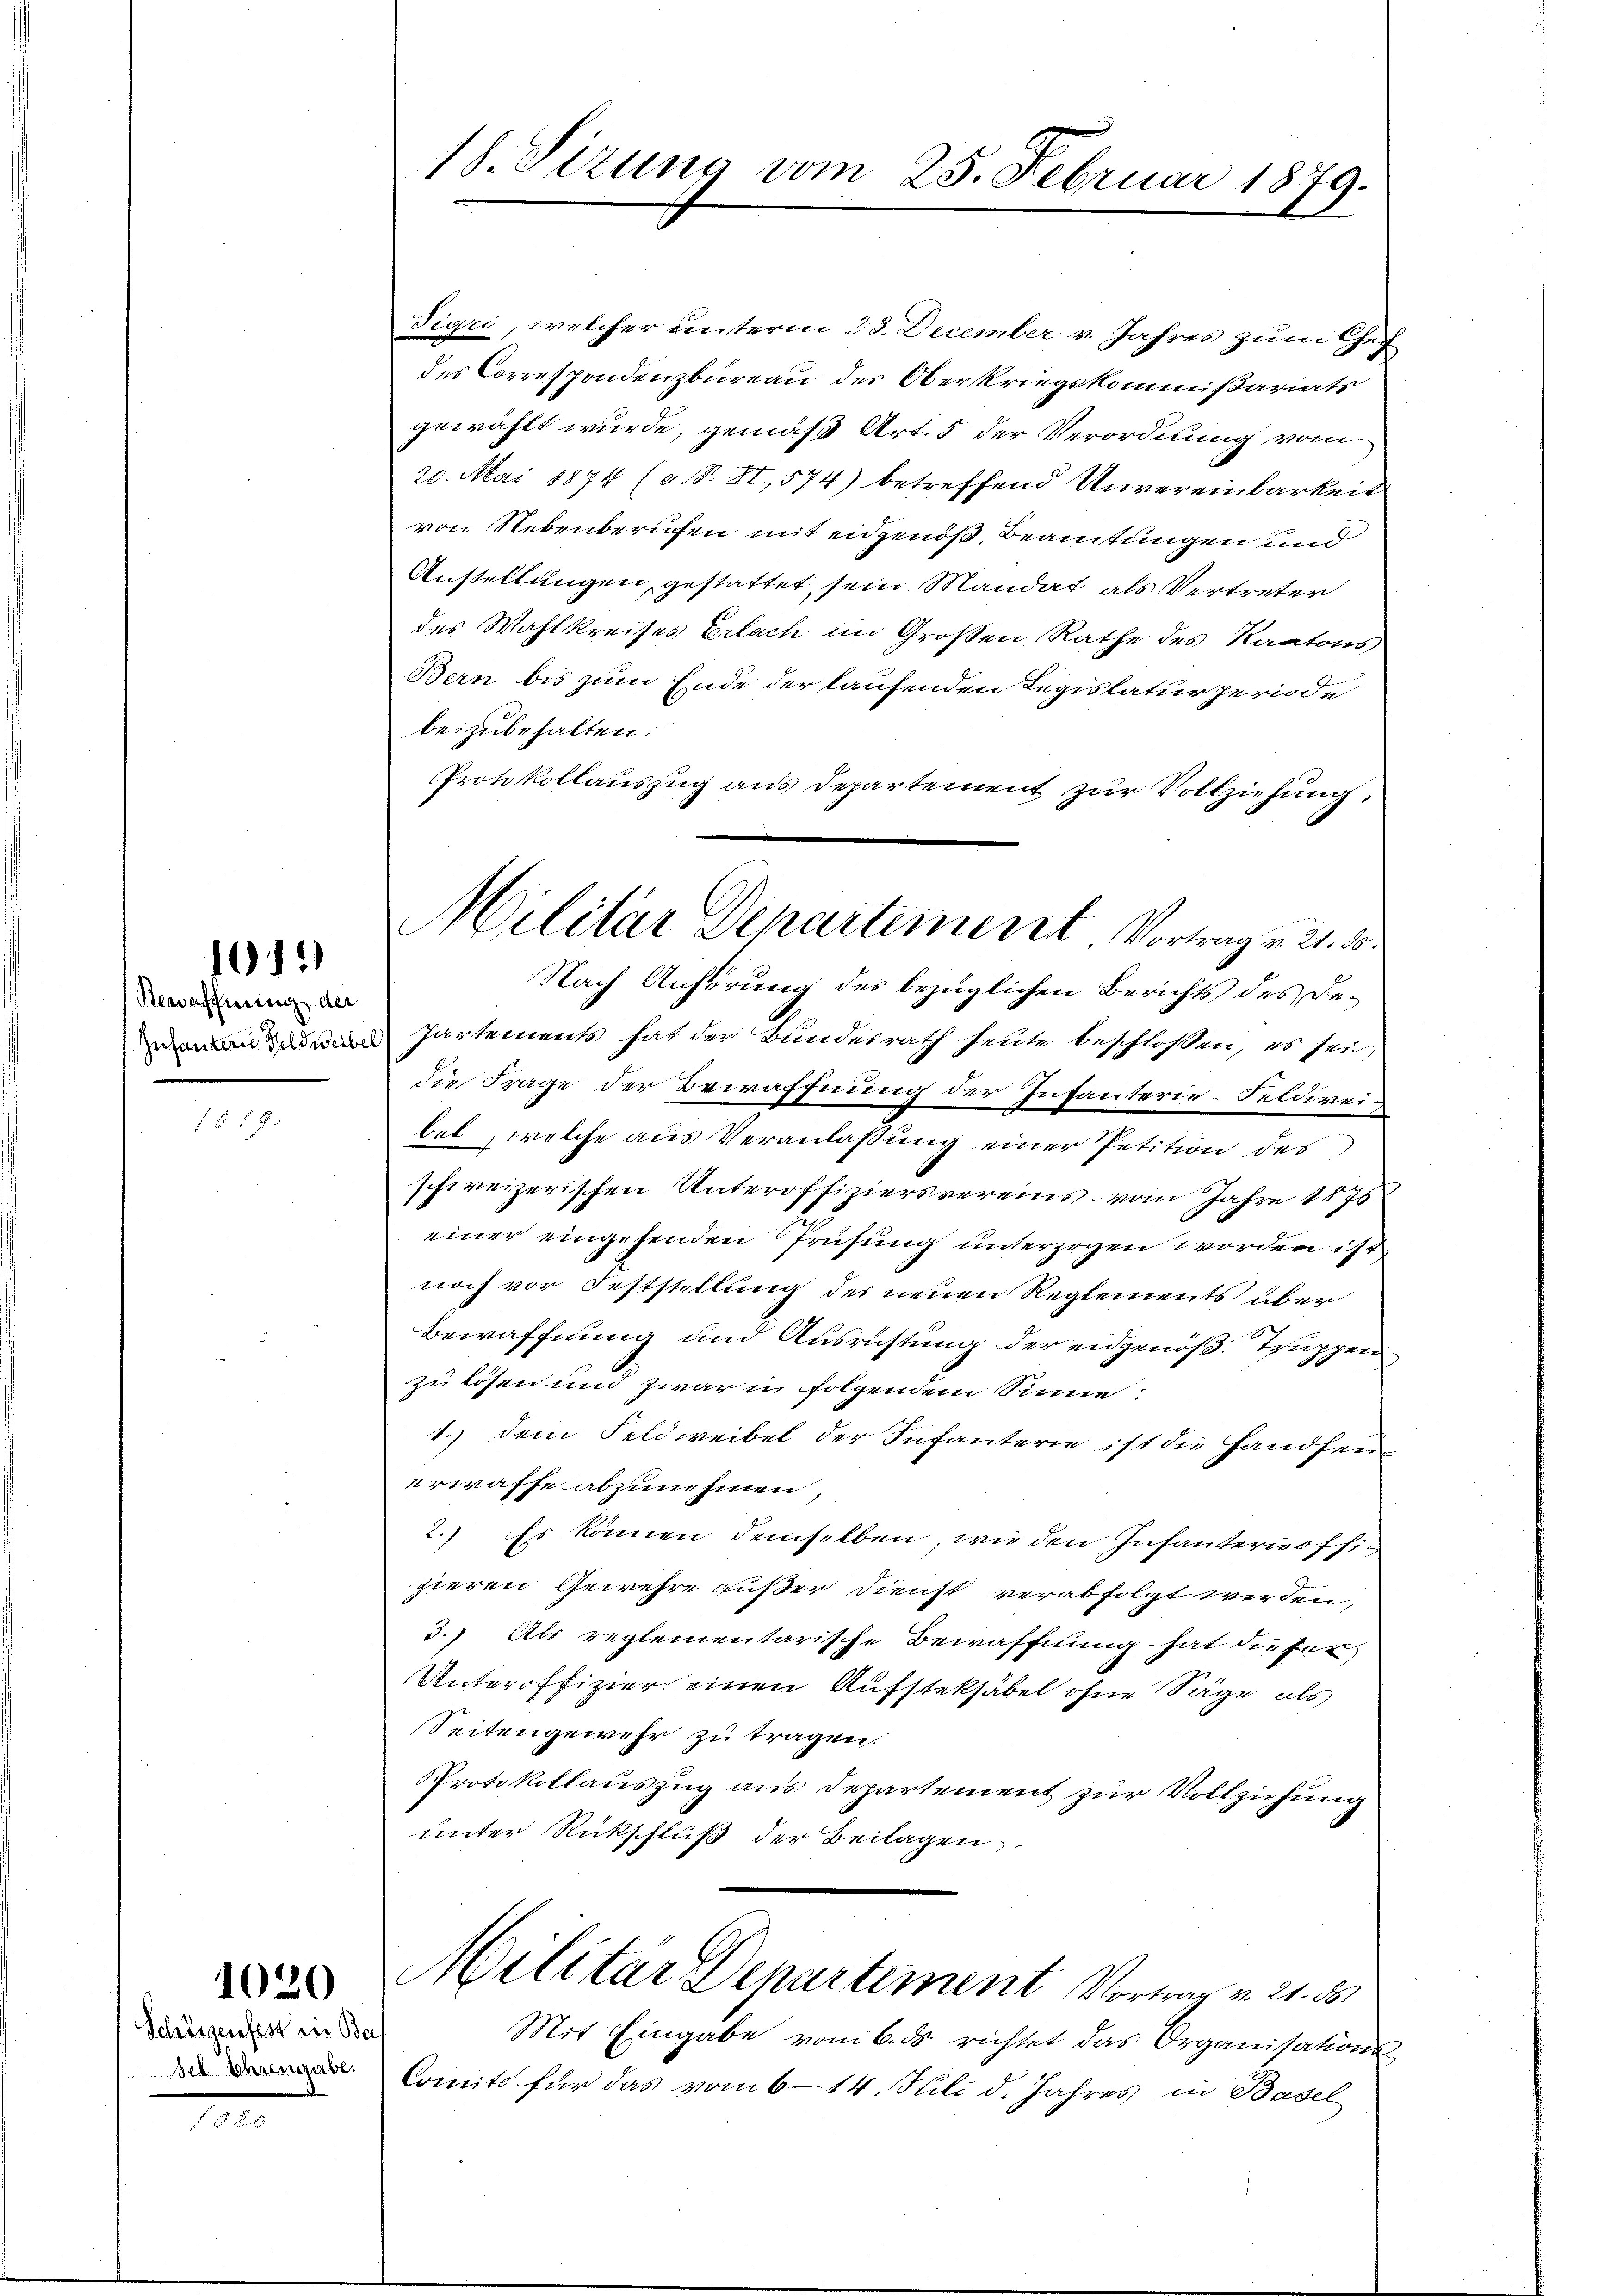
1019

Bewaffnung der
Infantern Geld Weibel

1858.

1020

Schörzenfest in Ba
orl sehrengabe.

f 2 xx

18. Sizung vom 25. Februar 1879.

Sigri, welcher unterm 23. December v. Jahres zum Thei
des Correspondenzbureau des Oberkriegskommißariats
gewählt wurde, gemäß Art. 5 der Verordnung vom
20. Mai 1874 (a. S. II, 574) betreffend Unvereinbarkeit
von Nebenberufen mit eidgenoß, Beamtungen und
Anstellungen, gestattet, sein Mandat als Vertreter
des Wahlkreises Erlach im Großen Rathe des Kantons
Bern bis zum Ende der laufenden Regislatur periode
beizubehalten.
Protokollauszug aus Departement zur Vollziehung,
Nach Anhörung des bezüglichen Berichts des De¬
Partements hat der Bundesrath heute beschlossen, es sein,
die Frage der Bewaffnung der Infanterie-Feldweibel, welche aus Veranlaßung einer Petition des
schweizerischen Unteroffiziersvereins vom Jahre 1876
einer eingehenden Prüfung unterzogen worden ist
noch vor Feststellung des neuen Reglements über
Bewaffnung und Ausrüstung der eidgenöß. Truppen
zu lösen und zwar in folgendem Sinne
1.) Dem Feldweibel der Infanterie ist die Handfenerzaffe abzunehmen,
2.) Es können demselben, wie den Infanteroffizieren Gewehre außer Dienst verabfolgt werden,
3.) Als reglementarische Bewaffnung hat die für
Unteroffizier einen Aufstekhäbel ohne Säge als
Seitengewehr zu tragen.
Protokollauszug aus Departement zur Vollziehung
unter Rückschluß der Beilagen
Militär Departement Vortrag v. 21. 55
Mit Eingabe vom 6. ds richtet das Organisations
Comité für das vom 614. Juli d. Jahres in Basel

Militar Departement Vortrag v. 21. 55